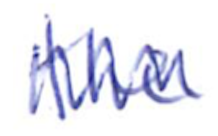
Text: the
Cross-out: zig-zag
Writing tool: ballpoint